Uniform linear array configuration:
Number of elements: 24
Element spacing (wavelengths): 1
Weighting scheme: binomial
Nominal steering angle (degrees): -45
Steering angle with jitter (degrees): -46.84
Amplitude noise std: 0.05
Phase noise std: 0.05

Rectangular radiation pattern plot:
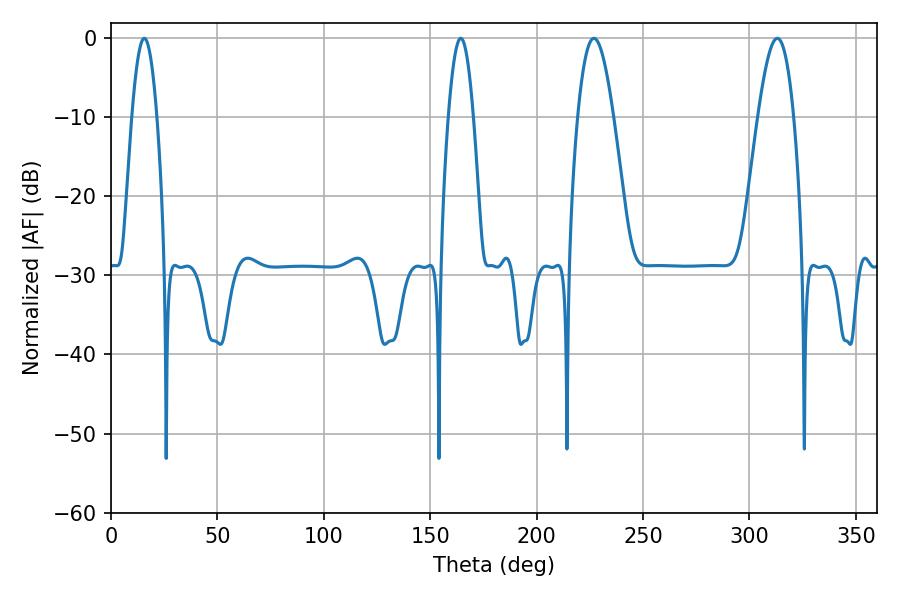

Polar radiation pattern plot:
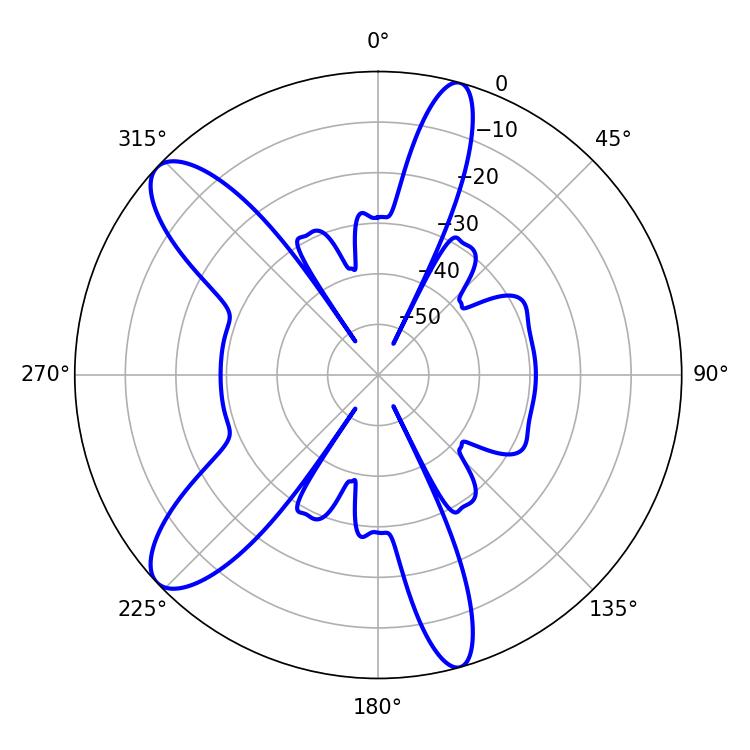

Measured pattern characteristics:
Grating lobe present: TRUE
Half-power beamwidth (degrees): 6.48
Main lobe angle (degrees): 15.66